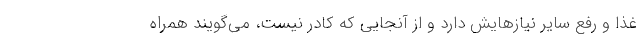
غذا و رفع سایر نیازهایش دارد و از آنجایی که کادر نیست، می‌گویند همراه